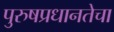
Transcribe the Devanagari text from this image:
पुरुषप्रधानतेचा